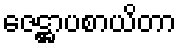
ဇေဋ္ဌာပစာယိတာ